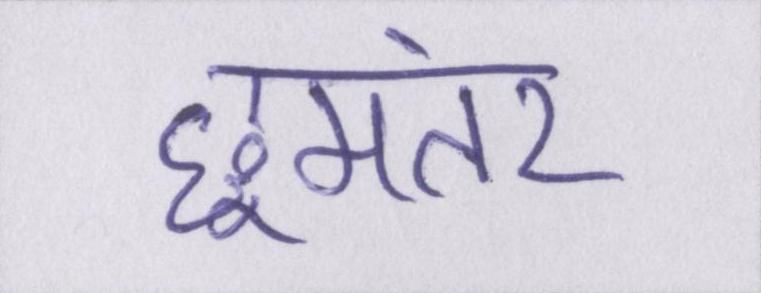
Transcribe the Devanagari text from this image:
छूमंतर